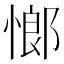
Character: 𮲈